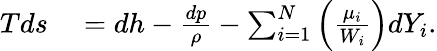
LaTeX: \begin{array}{rl}{T{ds}}&{{}=dh-\frac{dp}{\rho}-\sum_{i=1}^{N}\left(\frac{\mu_{i}}{W_{i}}\right)dY_{i}.}\end{array}